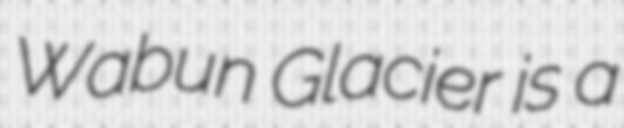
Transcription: Wabun Glacier is a